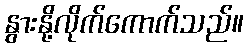
နွားနို့လိုက်ကောက်သည်။